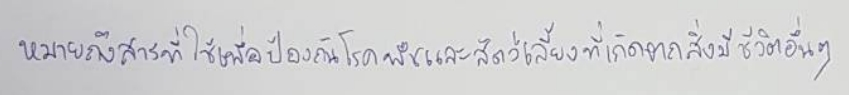
หมายถึงสารที่ใช้เพื่อป้องกันโรคพืชและสัตว์เลี้ยงที่เกิดจากสิ่งมีชีวิตอื่นๆ